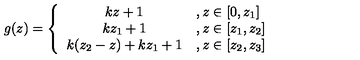
g ( z ) = \left\{ \begin{array} { c l } { { k z + 1 } } & { , z \in \lbrack 0 , z _ { 1 } ] } \\ { { k z _ { 1 } + 1 } } & { , z \in \lbrack z _ { 1 } , z _ { 2 } ] } \\ { { k ( z _ { 2 } - z ) + k z _ { 1 } + 1 } } & { , z \in \lbrack z _ { 2 } , z _ { 3 } ] } \\ \end{array} \right. \